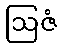
ဩဇံ